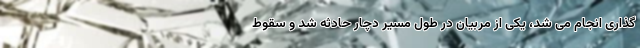
گذاری انجام می شد، یکی از مربیان در طول مسیر دچار حادثه شد و سقوط